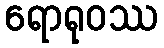
ရောရုဝဿ